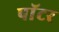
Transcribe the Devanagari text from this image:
पाॅटर